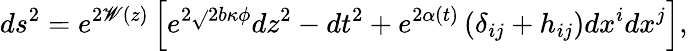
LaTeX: ds^{2}=e^{2\mathscr{W}(z)}\left[e^{2\sqrt{}{{2}}b\kappa\phi}dz^{2}-dt^{2}+e^{2\alpha(t)}\left(\delta_{ij}+h_{ij}\right)dx^{i}dx^{j}\right],